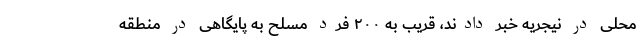
محلی در نیجریه خبر دادند، قریب به ۲۰۰ فرد مسلح به پایگاهی در منطقه